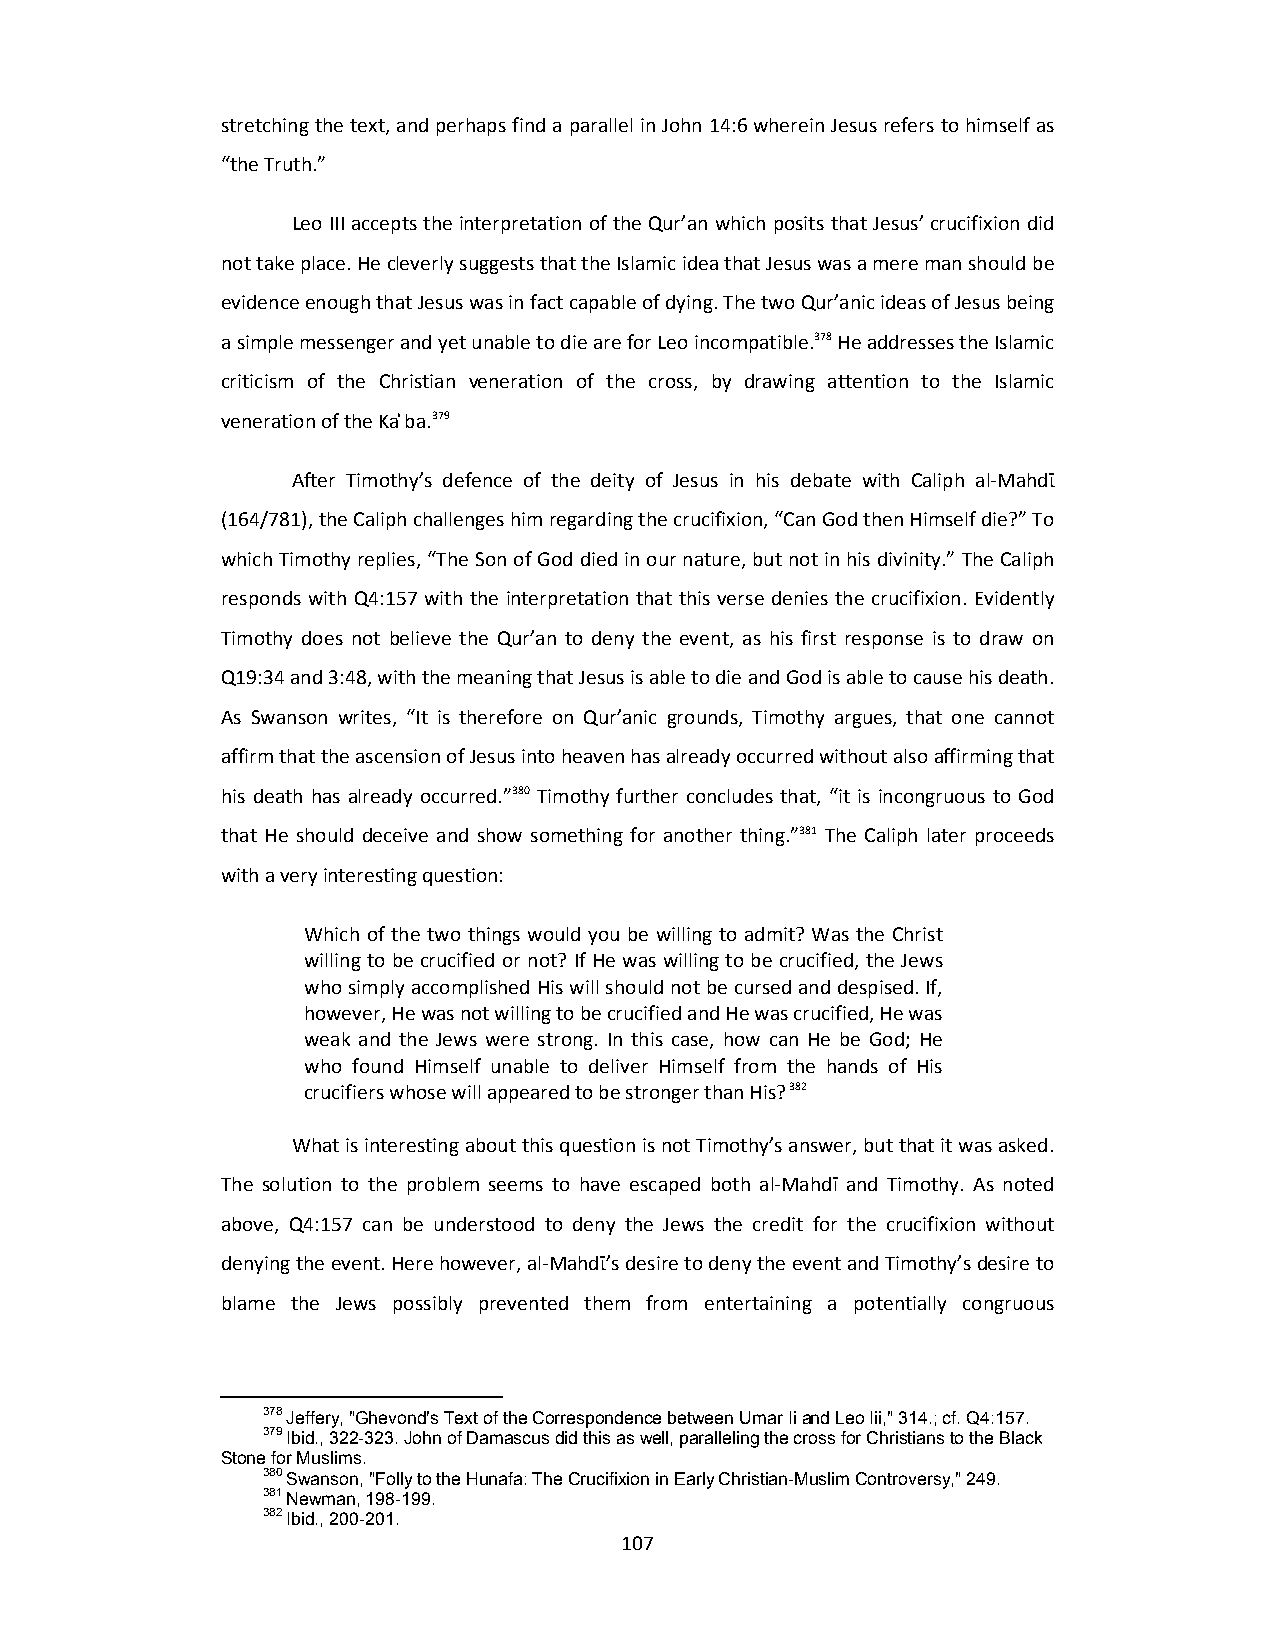
stretching the text, and perhaps find a parallel in John 14:6 wherein Jesus refers to himself as
 “the Truth.”
 Leo III accepts the interpretation of the Qur’an which posits that Jesus’ crucifixion did
 not take place. He cleverly suggests that the Islamic idea that Jesus was a mere man should be
 evidence enough that Jesus was in fact capable of dying. The two Qur’anic ideas of Jesus being
 a simple messenger and yet unable to die are for Leo incompatible.378 He addresses the Islamic
 criticism of the Christian veneration of the cross, by drawing attention to the Islamic
 veneration of the Ka ͗ba.379
 After Timothy’s defence of the deity of Jesus in his debate with Caliph al‐Mahdῑ
 (164/781), the Caliph challenges him regarding the crucifixion, “Can God then Himself die?” To
 which Timothy replies, “The Son of God died in our nature, but not in his divinity.” The Caliph
 responds with Q4:157 with the interpretation that this verse denies the crucifixion. Evidently
 Timothy does not believe the Qur’an to deny the event, as his first response is to draw on
 Q19:34 and 3:48, with the meaning that Jesus is able to die and God is able to cause his death.
 As Swanson writes, “It is therefore on Qur’anic grounds, Timothy argues, that one cannot
 affirm that the ascension of Jesus into heaven has already occurred without also affirming that
 his death has already occurred.”380 Timothy further concludes that, “it is incongruous to God
 that He should deceive and show something for another thing.”381 The Caliph later proceeds
 with a very interesting question:
 Which of the two things would you be willing to admit? Was the Christ
 willing to be crucified or not? If He was willing to be crucified, the Jews
 who simply accomplished His will should not be cursed and despised. If,
 however, He was not willing to be crucified and He was crucified, He was
 weak and the Jews were strong. In this case, how can He be God; He
 who found Himself unable to deliver Himself from the hands of His
 crucifiers whose will appeared to be stronger than His? 382
 What is interesting about this question is not Timothy’s answer, but that it was asked.
 The solution to the problem seems to have escaped both al‐Mahdī and Timothy. As noted
 above, Q4:157 can be understood to deny the Jews the credit for the crucifixion without
 denying the event. Here however, al‐Mahdῑ’s desire to deny the event and Timothy’s desire to
 blame the Jews possibly prevented them from entertaining a potentially congruous
 378 Jeffery, "Ghevond's Text of the Correspondence between Umar Ii and Leo Iii," 314.; cf. Q4:157.
 379 Ibid., 322-323. John of Damascus did this as well, paralleling the cross for Christians to the Black
 Stone for Muslims.
 380 Swanson, "Folly to the Hunafa: The Crucifixion in Early Christian-Muslim Controversy," 249.
 381 Newman, 198-199.
 382 Ibid., 200-201.
 107